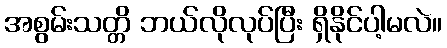
အစွမ်းသတ္တိ ဘယ်လိုလုပ်ပြီး ရှိနိုင်ပါ့မလဲ။